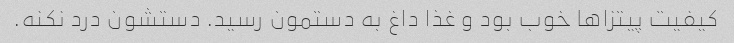
کیفیت پیتزا‌ها خوب بود و غذا داغ به دستمون رسید. دستشون درد نکنه.